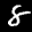
Label: 8